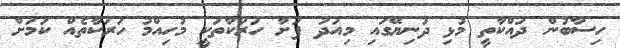
ހިސާބުން ދައްކާތީ މުޅި ދުނިޔޭގައި މިއަދު ފަށާ ހަރަކާތަކީ މުހިއްމު ހަރަކާތެއް ކަމަށް